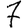
Digit: 7